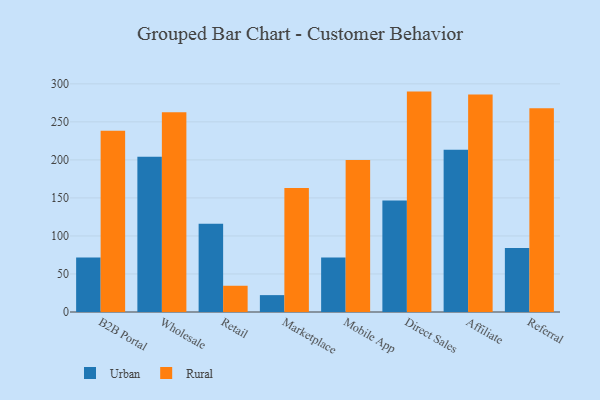
{"axis": {"x": "Channel", "y": "Active Users"}, "legend": ["Rural", "Urban"], "data": [{"x": "B2B Portal", "y": 71.7, "type": "Urban"}, {"x": "B2B Portal", "y": 238.4, "type": "Rural"}, {"x": "Wholesale", "y": 204.2, "type": "Urban"}, {"x": "Wholesale", "y": 262.8, "type": "Rural"}, {"x": "Retail", "y": 116.0, "type": "Urban"}, {"x": "Retail", "y": 34.5, "type": "Rural"}, {"x": "Marketplace", "y": 22.2, "type": "Urban"}, {"x": "Marketplace", "y": 163.0, "type": "Rural"}, {"x": "Mobile App", "y": 71.7, "type": "Urban"}, {"x": "Mobile App", "y": 199.7, "type": "Rural"}, {"x": "Direct Sales", "y": 146.6, "type": "Urban"}, {"x": "Direct Sales", "y": 289.8, "type": "Rural"}, {"x": "Affiliate", "y": 213.2, "type": "Urban"}, {"x": "Affiliate", "y": 286.1, "type": "Rural"}, {"x": "Referral", "y": 84.2, "type": "Urban"}, {"x": "Referral", "y": 268.0, "type": "Rural"}]}